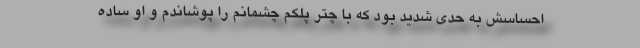
احساسش به حدی شدید بود که با چتر پلکم چشمانم را پوشاندم و او ساده